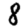
Digit: 8